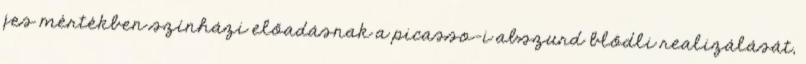
jes mértékben színházi előadásnak a picasso-i abszurd blődli realizálását,